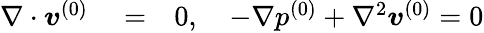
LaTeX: \begin{array}{rlr}{\nabla\cdot\boldsymbol{v}^{(0)}}&{{}=}&{0,\quad-\nabla p^{(0)}+\nabla^{2}\boldsymbol{v}^{(0)}=0}\end{array}